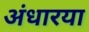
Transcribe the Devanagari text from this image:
अंधारया